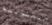
الحيوانية